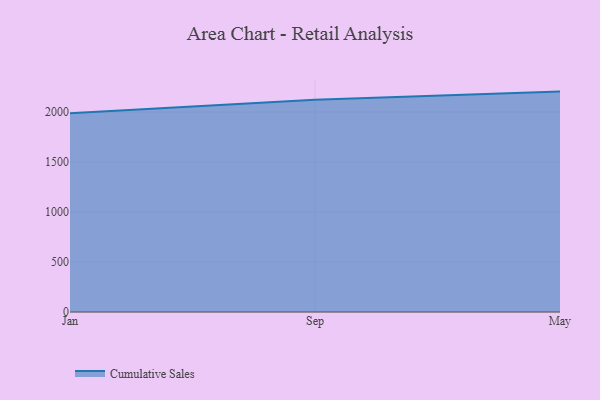
{"axis": {"x": "Month", "y": "Churn Rate (%)"}, "legend": ["Cumulative Sales"], "data": [{"x": "Jan", "y": 1986.7, "type": "Cumulative Sales"}, {"x": "Sep", "y": 2121.9, "type": "Cumulative Sales"}, {"x": "May", "y": 2204.0, "type": "Cumulative Sales"}]}